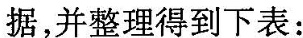
据，并整理得到下表：